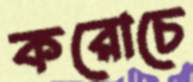
করোচে